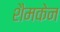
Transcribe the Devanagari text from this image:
शैमकेन